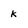
Character: k